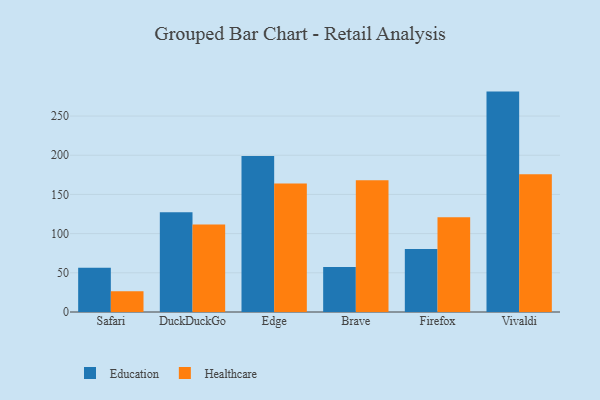
{"axis": {"x": "Browser", "y": "Active Users"}, "legend": ["Education", "Healthcare"], "data": [{"x": "Safari", "y": 56.3, "type": "Education"}, {"x": "Safari", "y": 26.5, "type": "Healthcare"}, {"x": "DuckDuckGo", "y": 127.2, "type": "Education"}, {"x": "DuckDuckGo", "y": 111.5, "type": "Healthcare"}, {"x": "Edge", "y": 199.1, "type": "Education"}, {"x": "Edge", "y": 163.8, "type": "Healthcare"}, {"x": "Brave", "y": 57.4, "type": "Education"}, {"x": "Brave", "y": 168.0, "type": "Healthcare"}, {"x": "Firefox", "y": 80.5, "type": "Education"}, {"x": "Firefox", "y": 120.8, "type": "Healthcare"}, {"x": "Vivaldi", "y": 281.2, "type": "Education"}, {"x": "Vivaldi", "y": 175.9, "type": "Healthcare"}]}